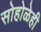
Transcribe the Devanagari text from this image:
सोहोळेही